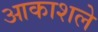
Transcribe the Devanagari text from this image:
आकाशले